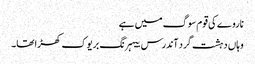
ناروے کی قوم سوگ میں ہے
وہاں دہشت گرد آندرس بیہرنگ بریوک کھڑا تھا۔